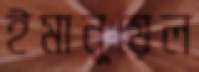
ইমানুয়েল